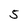
Character: 5